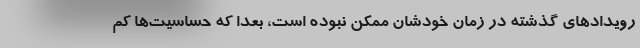
رويدادهاي گذشته در زمان خودشان ممكن نبوده است، بعدا كه حساسيت‌ها كم